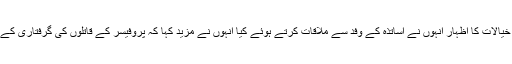
اساتذہ اپنے تحفظ کے لئے سڑکوں پر آنے پر مجبور ہوئے ہیں ان خیالات کا اظہار انہوں نے اساتذہ کے وفد سے ملاقات کرتے ہوئے کیا انہوں نے مزید کہا کہ پروفیسر کے قاتلوں کی گرفتاری کے لئے جمعیت جامعہ کراچی کے اساتذہ کے شانہ بشانہ کھڑی ہے۔